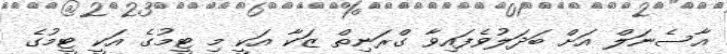
އާސެނަލް އަށް ބަދަލުވެފައިވާ ގްރަނިތް ޒަކާ އަކީ މި ޓީމުގެ އަކީ ޓީމުގެ